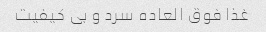
غذا فوق العاده سرد و بی کیفیت